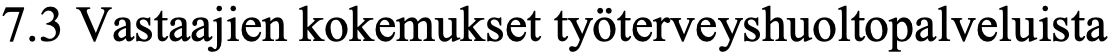
7.3 Vastaajien kokemukset työterveyshuoltopalveluista